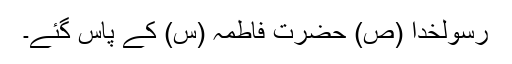
رسولخدا (ص) حضرت فاطمہ (س) کے پاس گئے۔